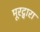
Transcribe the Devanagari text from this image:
मूरद्वारा